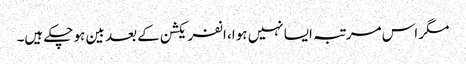
مگر اس مرتبہ ایسا نہیں ہوا، انفریکشن کے بعد بین ہو چکے ہیں۔